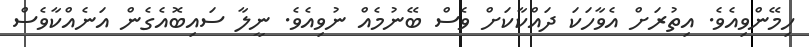
ހިމޭންވިއެވެ. އިތުރަށް އެވާހަކަ ދައްކާކަށް ވެސް ބޭނުމެއް ނުވިއެވެ. ނީލާ ސައިބޮއެގެން އަނެއްކާވެސް